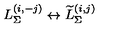
L _ { \Sigma } ^ { ( i , - j ) } \leftrightarrow \widetilde { L } _ { \Sigma } ^ { ( i , j ) }